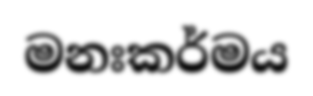
මනඃකර්මය